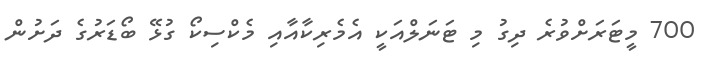
700 މީޓަރަށްވުރެ ދިގު މި ޓަނަލްއަކީ އެމެރިކާއާއި މެކްސިކޯ ގުޅޭ ބޯޑަރުގެ ދަށުން